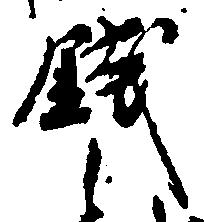
銭